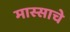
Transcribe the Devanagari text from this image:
मास्साचे